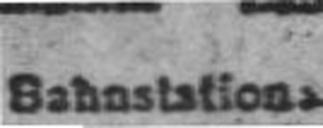
Bahnstation: